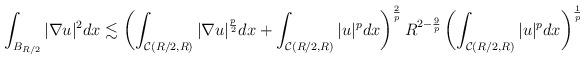
LaTeX: \begin{align*} & \int_{B_{R/2}} \vert \nabla u \vert^2 dx \lesssim \left( \int_{\mathcal{C}(R/2,R)}\vert \nabla u \vert^{\frac{p}{2}} dx+\int_{\mathcal{C}(R/2,R)} \vert u \vert^{p}dx \right)^{\frac{2}{p}} R^{2-\frac{9}{p}}\left( \int_{\mathcal{C}(R/2,R)} \vert u \vert^{p} dx\right)^{\frac{1}{p}} \end{align*}